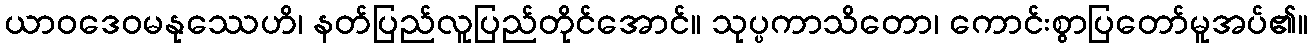
ယာဝဒေဝမနုဿေဟိ၊ နတ်ပြည်လူပြည်တိုင်အောင်။ သုပ္ပကာသိတော၊ ကောင်းစွာပြတော်မူအပ်၏။